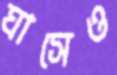
ঘাসেও